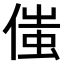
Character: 𠋷